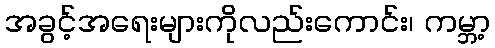
အခွင့်အရေးများကိုလည်းကောင်း၊ ကမ္ဘာ့